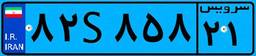
۸۲S۸۵۸۲۱